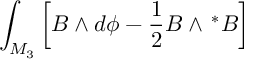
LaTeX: \int _ { M _ { 3 } } \left[ B \wedge d \phi - \frac 1 2 B \wedge \, ^ { * } B \right]